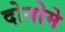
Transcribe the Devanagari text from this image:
दोनोमे